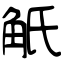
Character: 觗